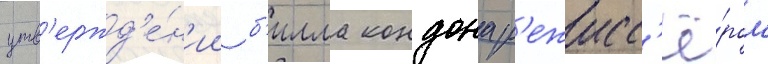
утв'ержд'е́н'ии б'илла кондона р'ежисс'ё́ром